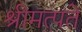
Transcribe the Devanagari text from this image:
श्रीमत्पते